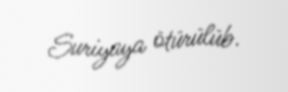
Suriyaya ötürülüb.